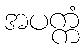
အပက္ကံ